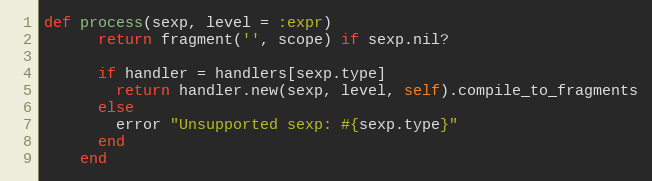
Language: Ruby
def process(sexp, level = :expr)
      return fragment('', scope) if sexp.nil?

      if handler = handlers[sexp.type]
        return handler.new(sexp, level, self).compile_to_fragments
      else
        error "Unsupported sexp: #{sexp.type}"
      end
    end